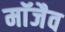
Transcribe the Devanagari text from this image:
माॅजैव